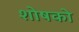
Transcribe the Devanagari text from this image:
शोषको